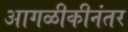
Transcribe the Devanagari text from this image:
आगळीकीनंतर